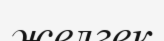
желгек